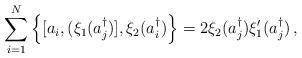
LaTeX: \begin{align*}\sum_{i=1}^N \left \{ [ a_i, (\xi_1 (a_j^\dagger )], \xi_2(a_i^\dagger )\right\} = 2\xi_2 (a_j^\dagger ) \xi^\prime_1 (a_j^\dagger)\,,\end{align*}